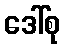
ဒေါ်စု